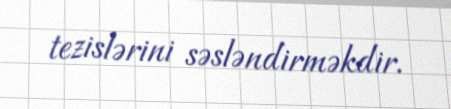
tezislərini səsləndirməkdir.